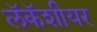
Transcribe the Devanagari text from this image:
लॅकॅशीयर